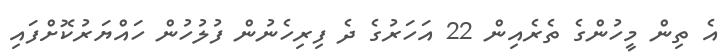
އެ ތިން މީހުންގެ ތެރެއިން 22 އަހަރުގެ ދެ ފިރިހެނުން ފުލުހުން ހައްޔަރުކޮށްފައި